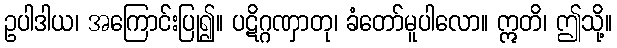
ဥပါဒါယ၊ အကြောင်းပြု၍။ ပဋိဂ္ဂဏှာတု၊ ခံတော်မူပါလော။ ဣတိ၊ ဤသို့။